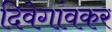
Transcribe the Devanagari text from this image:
दिवेगांवकर